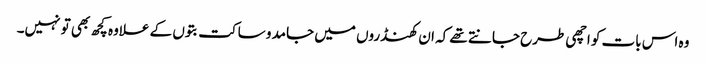
وہ اس بات کو اچھی طرح جانتے تھے کہ ان کھنڈروں میں جامد و ساکت بتوں کے علاوہ کچھ بھی تو نہیں۔